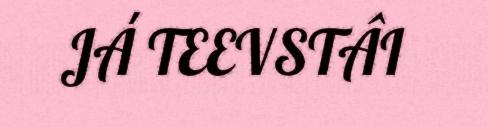
JÁ TEEVSTÂI